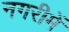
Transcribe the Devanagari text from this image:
नगरीमें